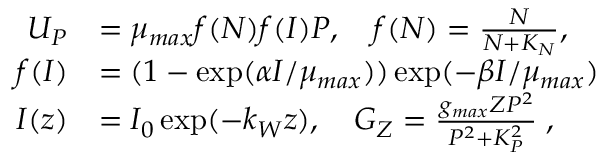
\begin{array} { r l } { U _ { P } } & { = \mu _ { m a x } f ( N ) f ( I ) P , \quad f ( N ) = \frac { N } { N + K _ { N } } , } \\ { f ( I ) } & { = ( 1 - \exp ( \alpha I / \mu _ { m a x } ) ) \exp ( - \beta I / \mu _ { m a x } ) } \\ { I ( z ) } & { = I _ { 0 } \exp ( - k _ { W } z ) , \quad G _ { Z } = \frac { g _ { m a x } Z P ^ { 2 } } { P ^ { 2 } + K _ { P } ^ { 2 } } \; , } \end{array}